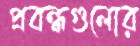
প্রবন্ধগুলোর